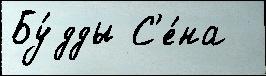
Бу́дды С'е́на